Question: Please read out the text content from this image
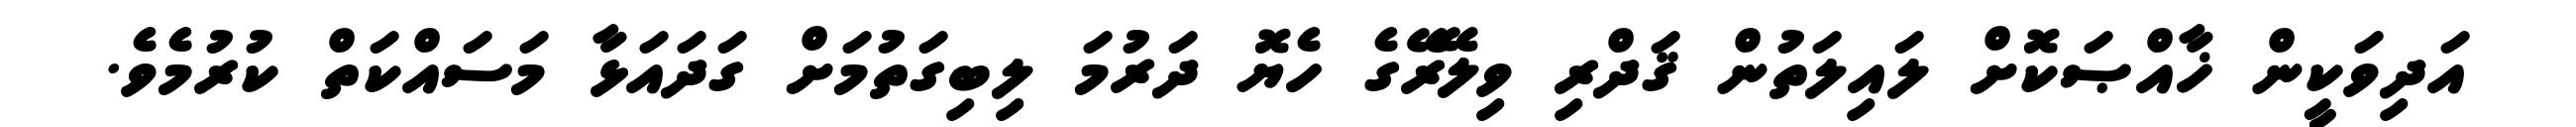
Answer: އަދިވަކީން ޚާއްޞަކޮށް ލައިލަތުން ޤަދްރި ވިލޭރޭގެ ހެޔޮ ދަރުމަ ލިބިގަތުމަށް ގަދައަޅާ މަސައްކަތް ކުރުމެވެ.